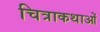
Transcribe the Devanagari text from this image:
चित्राकथाओं